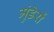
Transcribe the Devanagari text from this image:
मुंडेरों